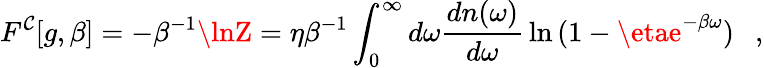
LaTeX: F^{\mathcal{C}}[g,\beta]=-\beta^{-1}\lnZ=\eta\beta^{-1}\int_{0}^{\infty}d\omega{\frac{{dn(\omega)}}{{d\omega}}}\ln{(1-\etae^{-\beta\omega})}~~~,